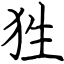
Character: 狌